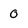
Character: o